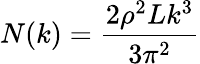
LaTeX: N(k)=\frac{2\rho^{2}Lk^{3}}{3\pi^{2}}